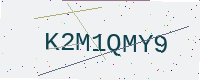
Text: K2M1QMY9